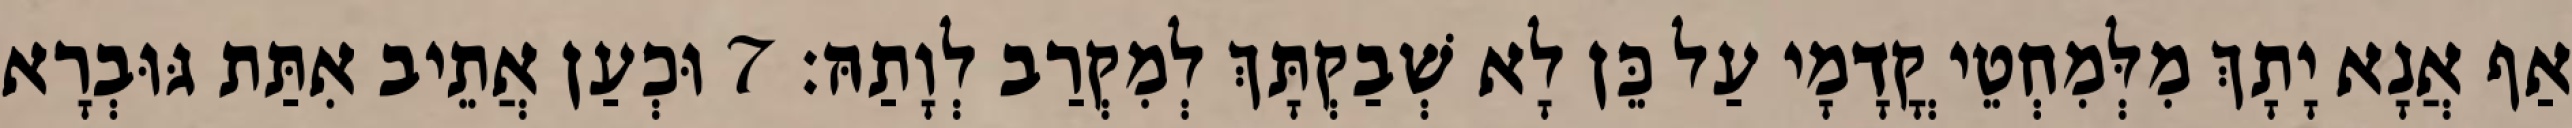
אַף אֲנָא יָתָךְ מִלְּמִחְטֵי קֳדָמָי עַל כֵּן לָא שְׁבַקְתָּךְ לְמִקְרַב לְוָתַהּ׃ 7 וּכְעַן אֲתֵיב אִתַּת גּוּבְרָא